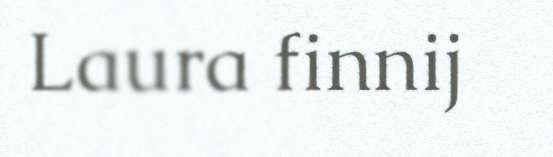
Laura finnij